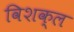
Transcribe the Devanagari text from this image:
विशक्ल